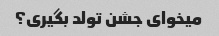
میخوای جشن تولد بگیری؟